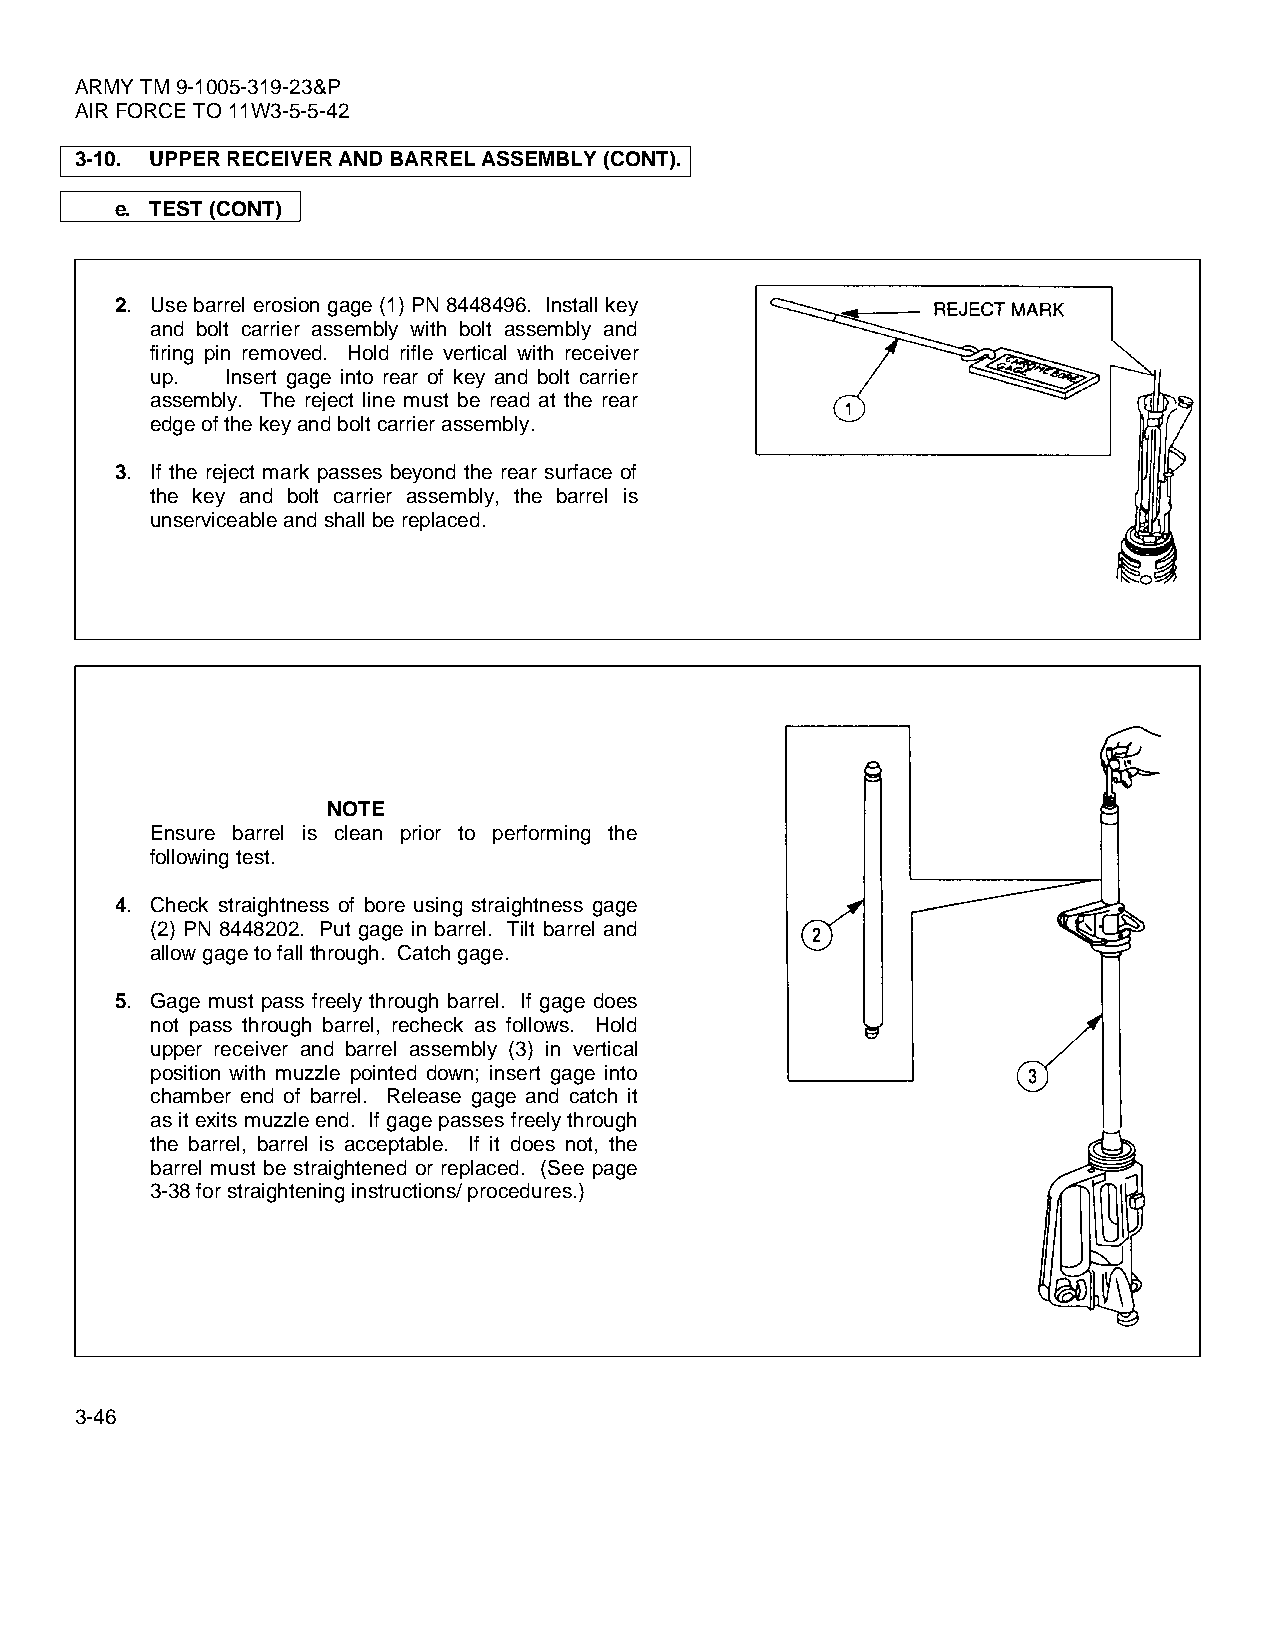
ARMY TM 9-1005-319-23&P
 AIR FORCE TO 11W3-5-5-42
 3-10. UPPER RECEIVER AND BARREL ASSEMBLY (CONT).
 e. TEST (CONT)
 2. Use barrel erosion gage (1) PN 8448496. Install key
 and bolt carrier assembly with bolt assembly and
 firing pin removed. Hold rifle vertical with receiver
 up.  Insert gage into rear of key and bolt carrier
 assembly. The reject line must be read at the rear
 edge of the key and bolt carrier assembly.
 3. If the reject mark passes beyond the rear surface of
 the key and bolt carrier assembly, the barrel is
 unserviceable and shall be replaced.
 NOTE
 Ensure barrel is clean prior to performing the
 following test.
 4. Check straightness of bore using straightness gage
 (2) PN 8448202. Put gage in barrel. Tilt barrel and
 allow gage to fall through. Catch gage.
 5. Gage must pass freely through barrel. If gage does
 not pass through barrel, recheck as follows. Hold
 upper receiver and barrel assembly (3) in vertical
 position with muzzle pointed down; insert gage into
 chamber end of barrel. Release gage and catch it
 as it exits muzzle end. If gage passes freely through
 the barrel, barrel is acceptable. If it does not, the
 barrel must be straightened or replaced. (See page
 3-38 for straightening instructions/ procedures.)
 3-46